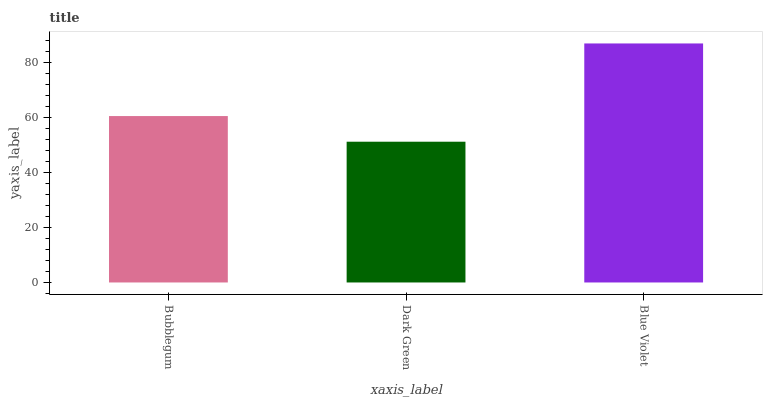
| xaxis_label | bars |
 | --- | --- |
 | Bubblegum | 60.4 |
 | Dark Green | 51.1 |
 | Blue Violet | 86.8 |